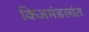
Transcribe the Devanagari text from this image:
किजमंडलांत